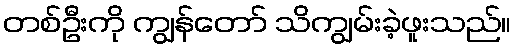
တစ်ဦးကို ကျွန်တော် သိကျွမ်းခဲ့ဖူးသည်။